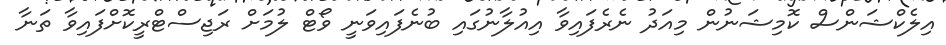
އިލެކްޝަންސް ކޮމިޝަނުން މިއަދު ނެރެފައިވާ އިއުލާނުގައި ބުނެފައިވަނީ ވޯޓް ލުމަށް ރަޖިސްޓްރީކޮށްފައިވާ ތަނާ